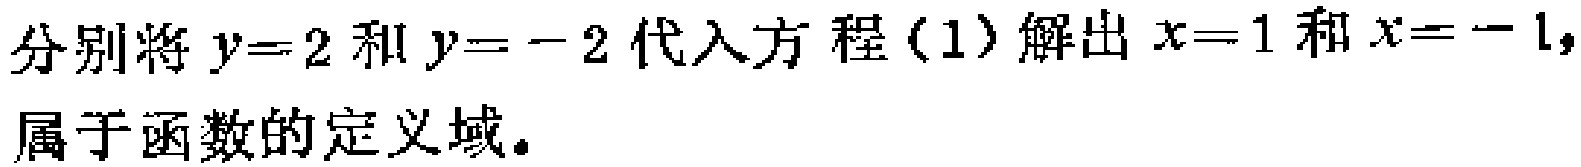
分别将\(y = 2\)和\(y = - 2\)代入方程（1）解出\(x = 1\)和\(x = - 1\)，属于函数的定义域。